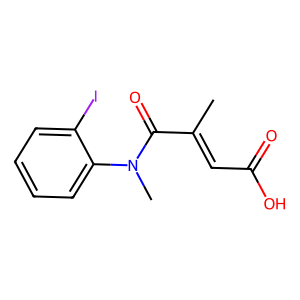
SMILES: CC(=CC(=O)O)C(=O)N(C)c1ccccc1I
Inhibits HIV replication: No